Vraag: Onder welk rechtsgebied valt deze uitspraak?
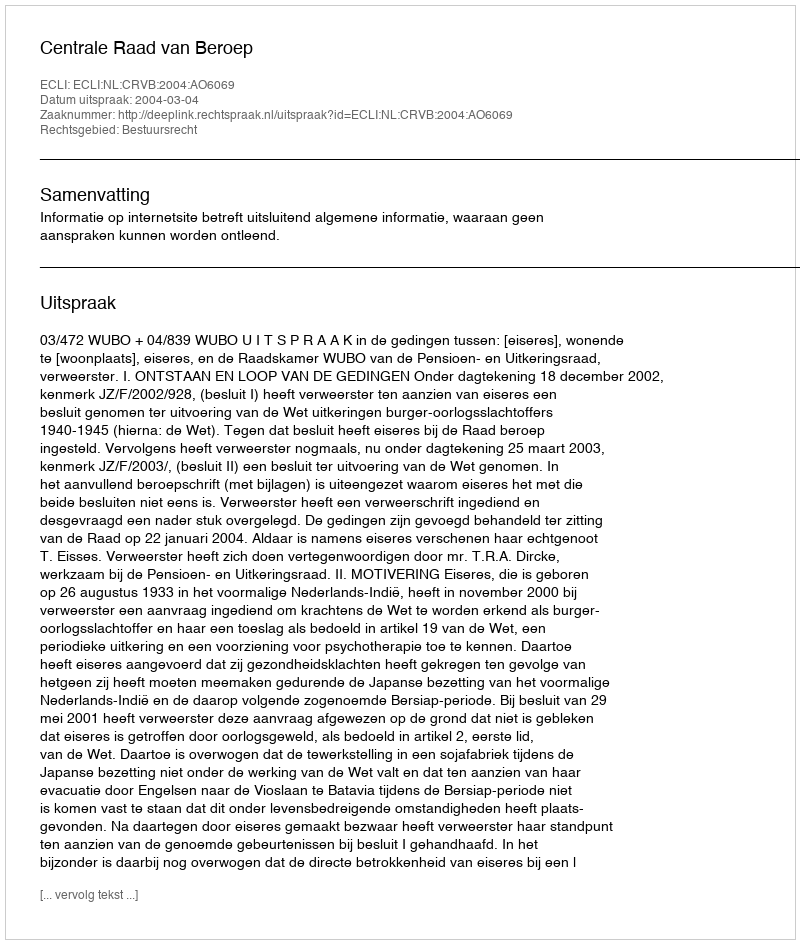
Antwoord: Bestuursrecht